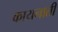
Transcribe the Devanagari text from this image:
कायनाती